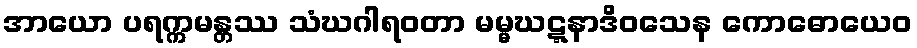
အာယော ပရက္ကမန္တဿ သံဃဂါရဝတာ မမ္မဃဋ္ဋနာဒိဝသေန ကောဓောယေဝ